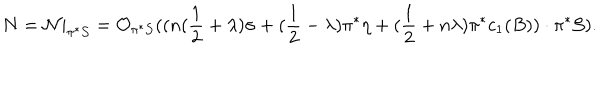
N = { \cal N } | _ { \pi ^ { * } { \cal S } } = { \cal O } _ { \pi ^ { * } { \cal S } } ( ( n ( \frac { 1 } { 2 } + \lambda ) \sigma + ( \frac { 1 } { 2 } - \lambda ) \pi ^ { * } \eta + ( \frac { 1 } { 2 } + n \lambda ) \pi ^ { * } c _ { 1 } ( B ) ) \cdot \pi ^ { * } { \cal S } ) .